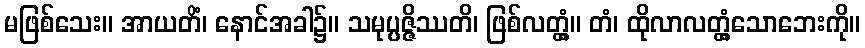
မဖြစ်သေး။ အာယတိံ၊ နောင်အခါ၌။ သမုပ္ပဇ္ဇိဿတိ၊ ဖြစ်လတ္တံ့။ တံ၊ ထိုလာလတ္တံ့သောဘေးကို။